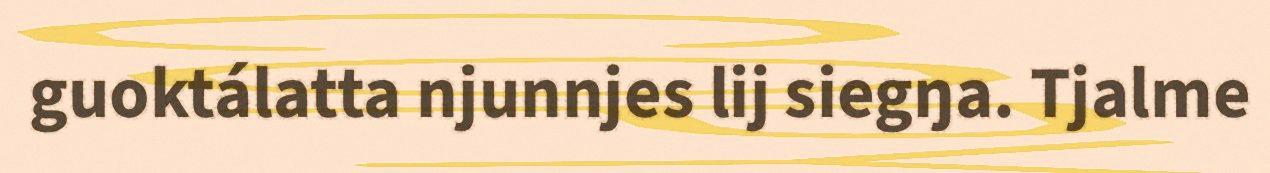
guoktálatta njunnjes lij siegŋa. Tjalme